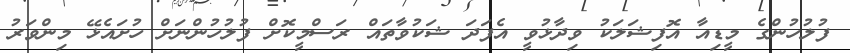
ފުލުހުންގެ މީޑިއާ އޮފިޝަލަކު ވިދާޅުވީ އެފަދަ ޝަކުވާތައް ރަސްމީކޮށް ފުލުހުންނަށް ހުށައެޅޭ މިންވަރު